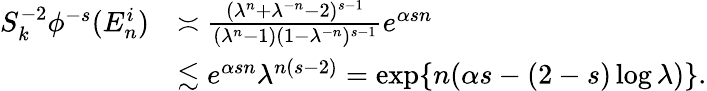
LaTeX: \begin{array}{rl}{S_{k}^{-2}\phi^{-s}(E_{n}^{i})}&{\asymp\frac{(\lambda^{n}+\lambda^{-n}-2)^{s-1}}{(\lambda^{n}-1)(1-\lambda^{-n})^{s-1}}e^{\alpha sn}}\\ &{\lesssim e^{\alpha sn}\lambda^{n(s-2)}=\exp\{ n(\alpha s-(2-s)\log\lambda)\} .}\end{array}